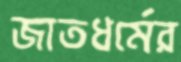
জাতধর্মের